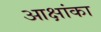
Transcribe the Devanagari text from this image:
आक्षांका